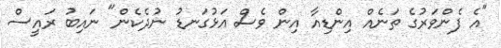
"އެ ފެންވަރުގެ ތަނެއް އިންޑިއާ އިން ވެސް އަޅުގަނޑު ނުދެކެން" ނައިބު ރައީސް